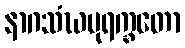
နာဂသံဃပုရက္ခတော